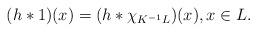
LaTeX: \begin{align*} (h*1)(x)= (h*\chi_{K^{-1}L})(x),x\in L. \end{align*}